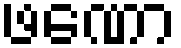
ဖဏော